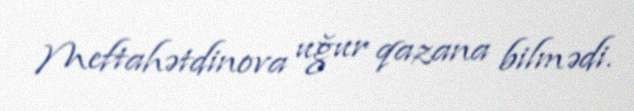
Meftahətdinova uğur qazana bilmədi.